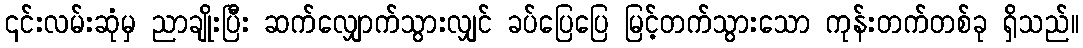
၎င်းလမ်းဆုံမှ ညာချိုးပြီး ဆက်လျှောက်သွားလျှင် ခပ်ပြေပြေ မြင့်တက်သွားသော ကုန်းတက်တစ်ခု ရှိသည်။